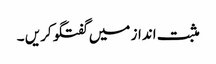
مثبت انداز میں‌ گفتگو کریں ۔